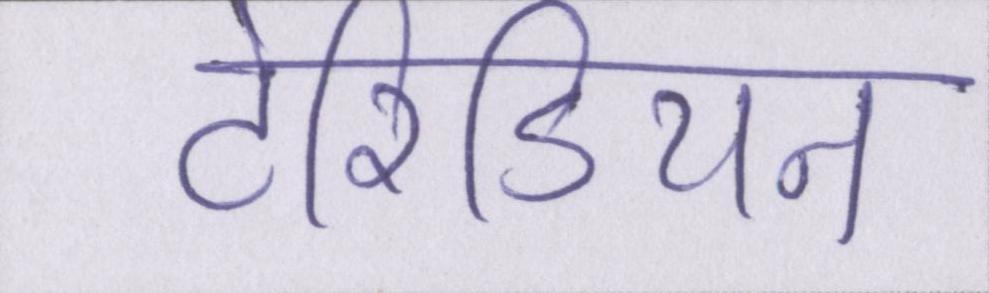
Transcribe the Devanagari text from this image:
टेरिडियन